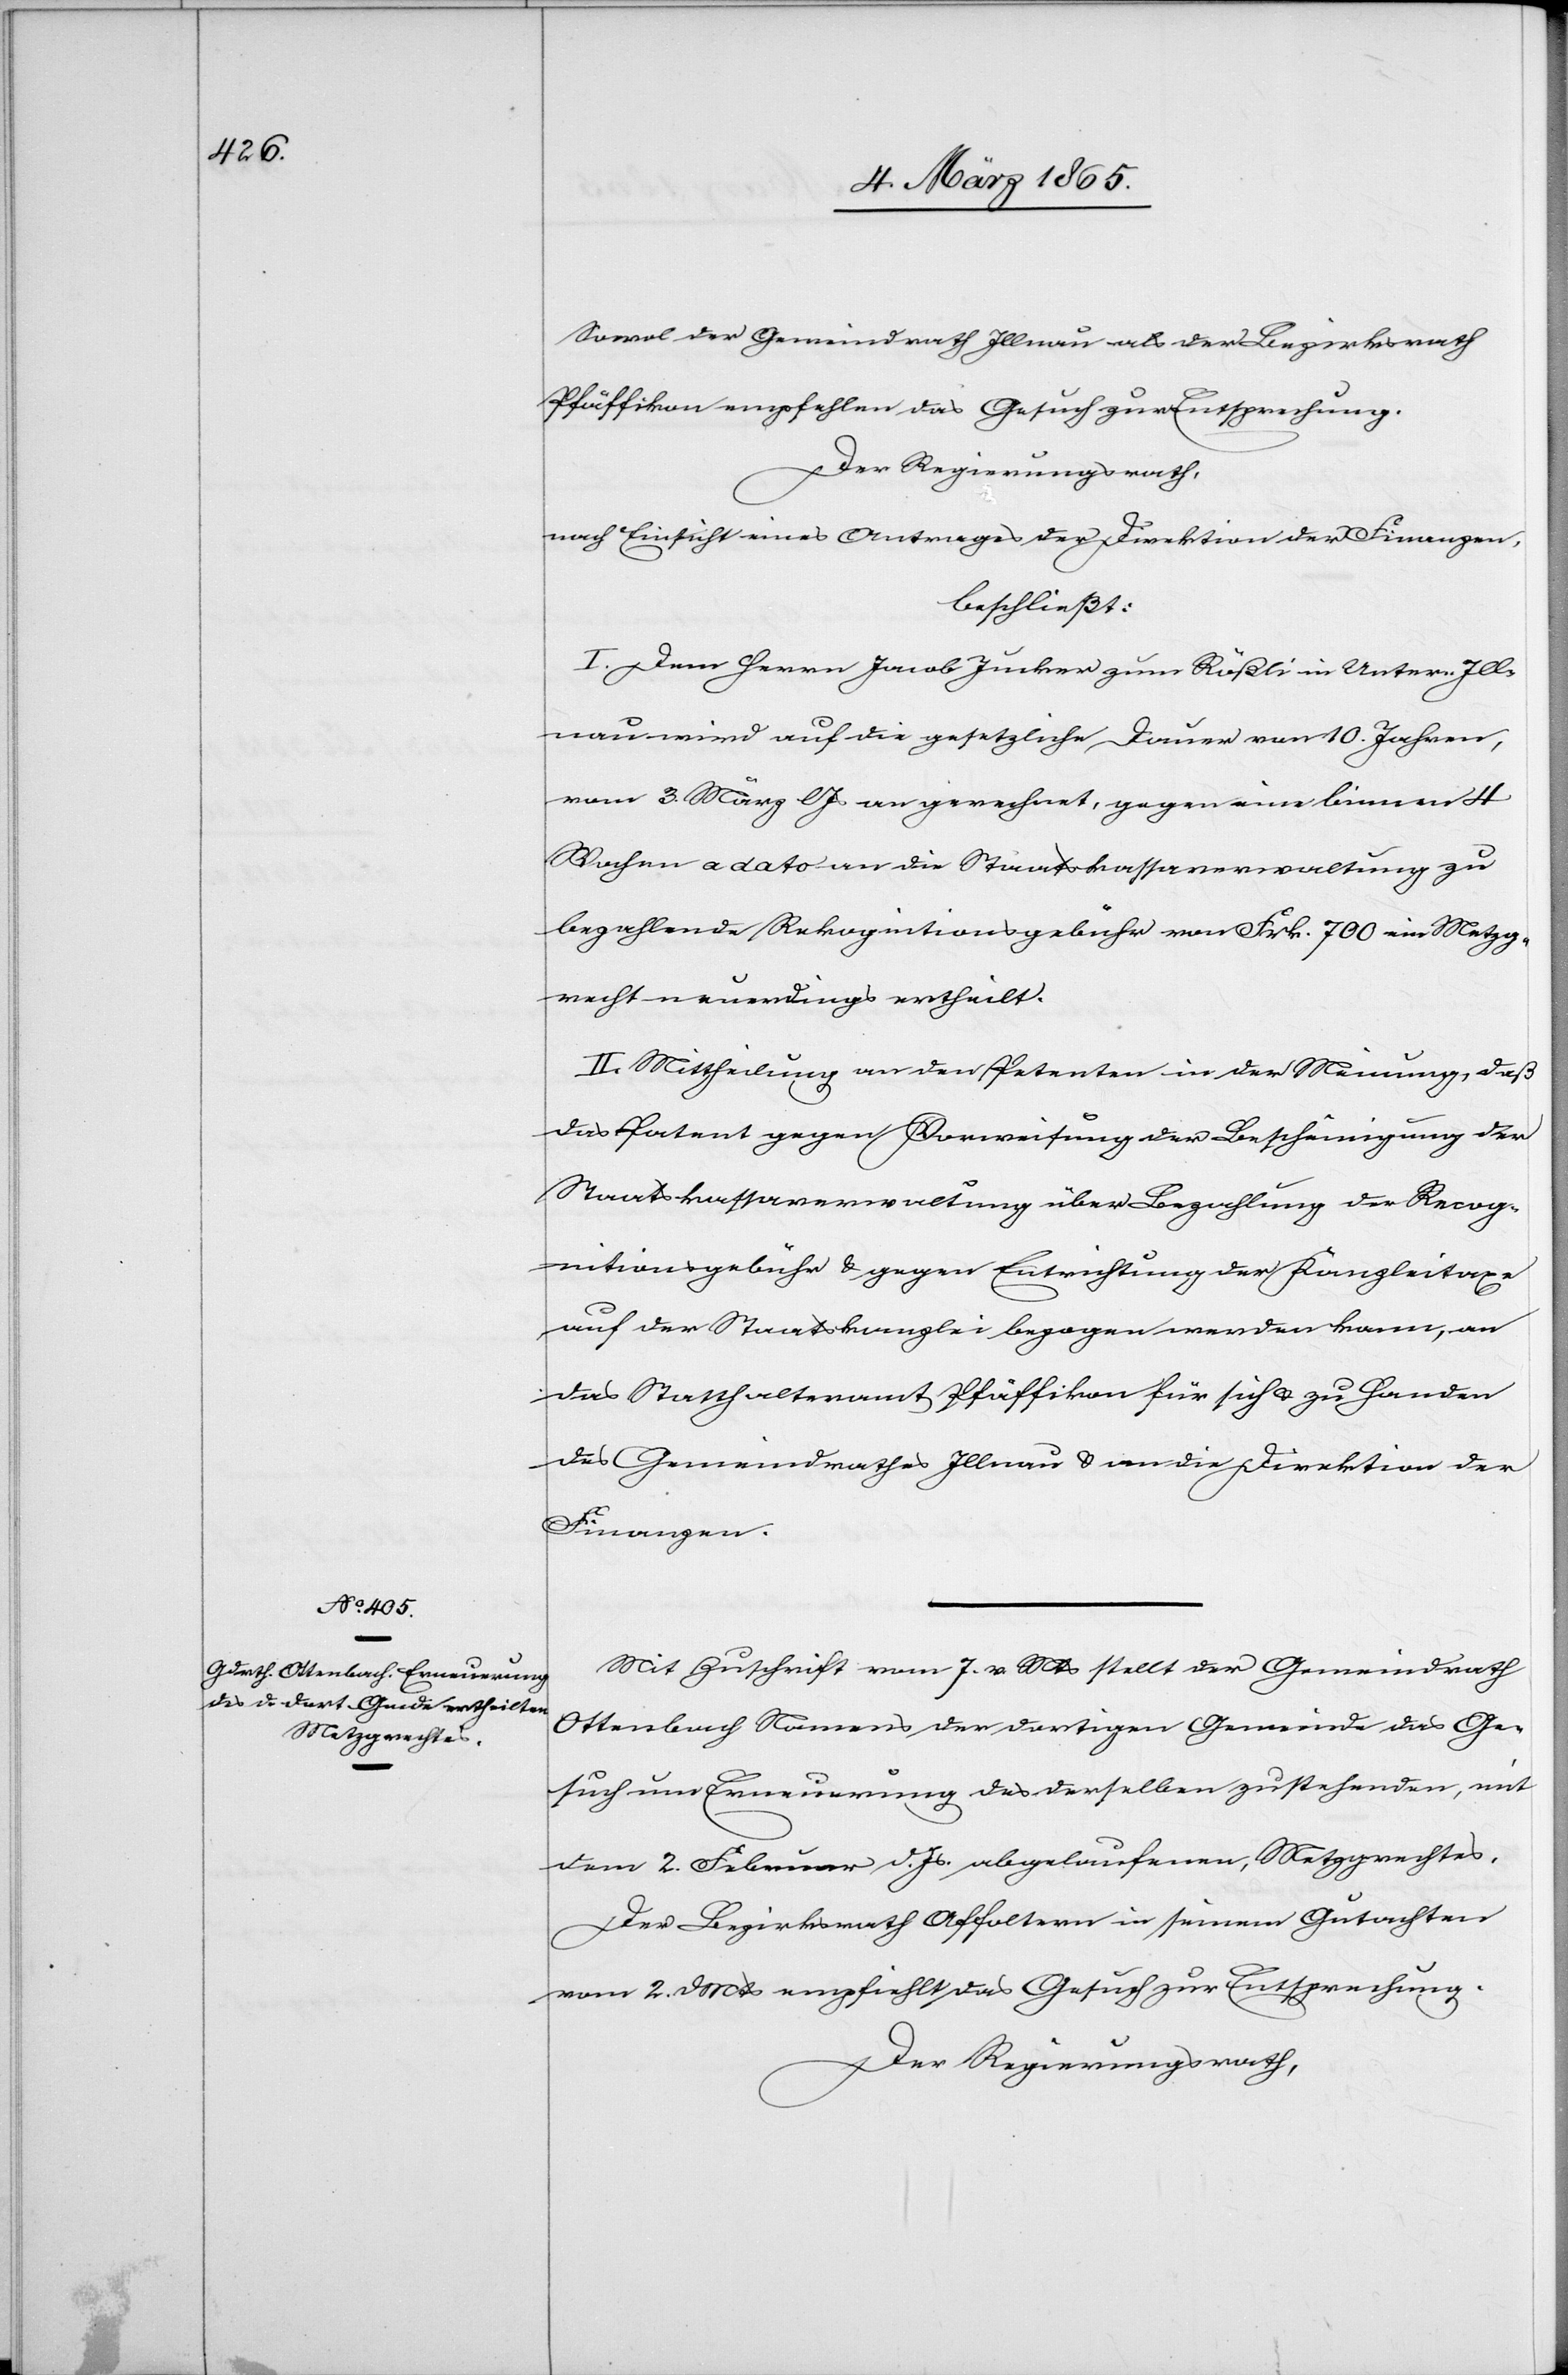
Sowol der Gemeindrath Illnau als der Bezirksrath
Pfäffikon empfehlen das Gesuch zur Entsprechung.
Der Regierungsrath,
nach Einsicht eines Antrages der Direktion der Finanzen,
beschließt:
I. Dem Herrn Jacob Jucker zum Rößli in Unter-Ill¬
nau wird auf die gesetzliche Dauer von 10. Jahren,
vom 3. März l Js an gerechnet, gegen eine binnen
Wochen a dato an die Staatskassaverwaltung zu
bezahlende Rekognitionsgebühr von Frk. 700 ein Metzg¬
recht neuerdings ertheilt.
II. Mittheilung an den Petenten in der Meinung, daß
das Patent gegen Vorweisung der Bescheinigung der
Staatskassaverwaltung über Bezahlung der Recog¬
nitionsgebühr u. gegen Entrichtung der Kanzleitaxe
auf der Staatskanzlei bezogen werden kann, an
das Statthalteramt Pfäffikon für sich u. zu Handen
des Gemeindrathes Illnau u. an die Direktion der
Finanzen.
Mit Zuschrift vom 7. v. Mts stellt der Gemeindrath
Ottenbach Namens der dortigen Gemeinde das Ge¬
such um Erneuerung des derselben zustehenden, mit
dem 2. Februar d. Js. abgelaufenen, Metzgrechtes.
Der Bezirksrath Affoltern in seinem Gutachten
vom 2. d Mts empfiehlt das Gesuch zur Entsprechung.
Der Regierungsrath,